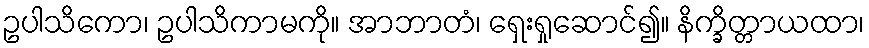
ဥပါသိကော၊ ဥပါသိကာမကို။ အာဘာတံ၊ ရှေးရှုဆောင်၍။ နိက္ခိတ္တာယထာ၊